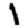
Digit: 1